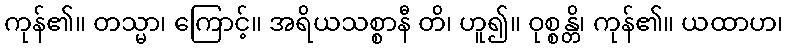
ကုန်၏။ တသ္မာ၊ ကြောင့်။ အရိယသစ္စာနီ တိ၊ ဟူ၍။ ဝုစ္စန္တိ၊ ကုန်၏။ ယထာဟ၊